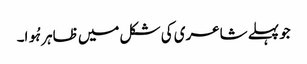
جو پہلے شاعری کی شکل میں ظاہر ہُوا۔